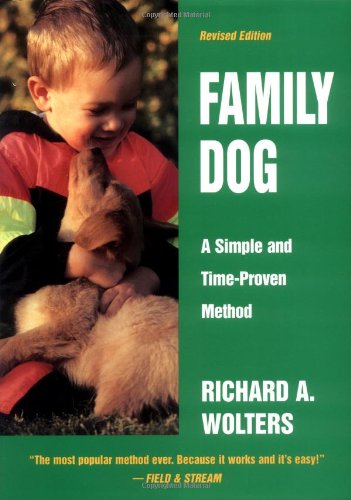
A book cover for Family Dog: A Simple and Time-Proven Method; Richard A. Wolters; Crafts, Hobbies & Home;